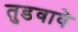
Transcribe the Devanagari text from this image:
तुडवावे